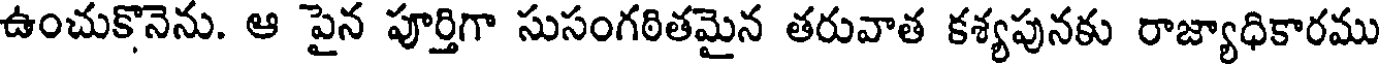
ఉంచుకొనెను. ఆ పైన పూర్తిగా సుసంగఠితమైన తరువాత కశ్యపునకు రాజ్యాధికారము